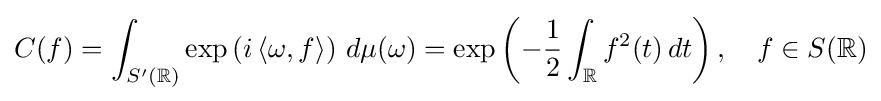
C(f)=\int _{S'(\mathbb {R} )}\exp \left(i\left\langle \omega ,f\right\rangle \right)\,d\mu (\omega )=\exp \left(-{\frac {1}{2}}\int _{\mathbb {R} }f^{2}(t)\,dt\right),\quad f\in S(\mathbb {R} )